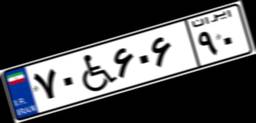
۷۰W۶۰۶۹۰